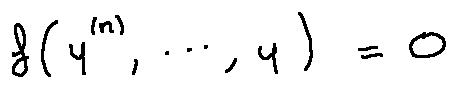
f ( y ^ { ( n ) } , \ldots , y ) = 0